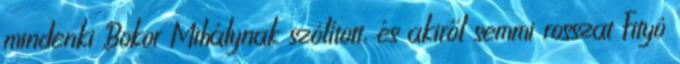
mindenki Bokor Mihálynak szólított, és akiről semmi rosszat Fityó